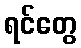
ရင်တွေ